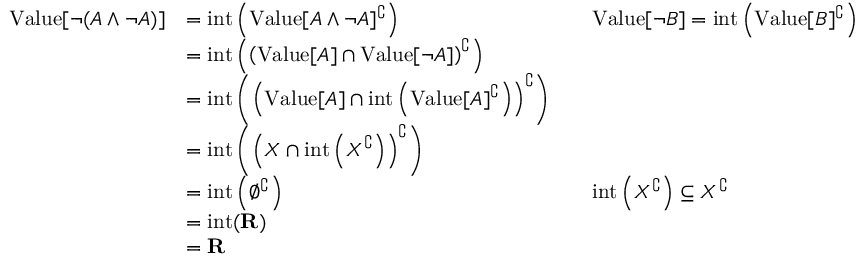
{ \begin{array} { r l r l } { { \mathrm { V a l u e } } [ \neg ( A \land \neg A ) ] } & { = { \mathrm { i n t } } \left( { \mathrm { V a l u e } } [ A \land \neg A ] ^ { \complement } \right) } & & { { \mathrm { V a l u e } } [ \neg B ] = { \mathrm { i n t } } \left( { \mathrm { V a l u e } } [ B ] ^ { \complement } \right) } \\ & { = { \mathrm { i n t } } \left( \left( { \mathrm { V a l u e } } [ A ] \cap { \mathrm { V a l u e } } [ \neg A ] \right) ^ { \complement } \right) } \\ & { = { \mathrm { i n t } } \left( \left( { \mathrm { V a l u e } } [ A ] \cap { \mathrm { i n t } } \left( { \mathrm { V a l u e } } [ A ] ^ { \complement } \right) \right) ^ { \complement } \right) } \\ & { = { \mathrm { i n t } } \left( \left( X \cap { \mathrm { i n t } } \left( X ^ { \complement } \right) \right) ^ { \complement } \right) } \\ & { = { \mathrm { i n t } } \left( \emptyset ^ { \complement } \right) } & & { { \mathrm { i n t } } \left( X ^ { \complement } \right) \subseteq X ^ { \complement } } \\ & { = { \mathrm { i n t } } ( \mathbf { R } ) } \\ & { = \mathbf { R } } \end{array} }